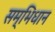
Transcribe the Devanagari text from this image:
सम्भिधान